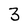
Character: 3